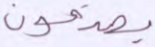
يصدقون